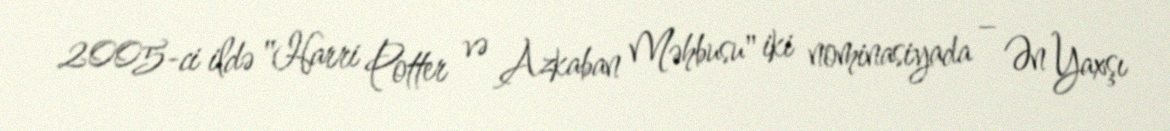
2005-ci ildə "Harri Potter və Azkaban Məhbusu" iki nominasiyada – Ən Yaxşı